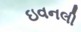
ઇવનલી